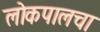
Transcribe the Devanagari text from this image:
लोकपालचा